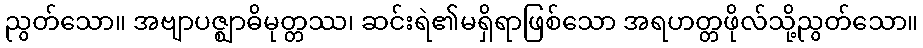
ညွတ်သော။ အဗျာပဇ္ဈာဓိမုတ္တဿ၊ ဆင်းရဲ၏မရှိရာဖြစ်သော အရဟတ္တဖိုလ်သို့ညွတ်သော။